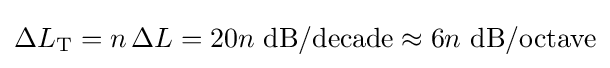
\Delta L_{\text{T}}=n\,\Delta L=20n{\text{ dB/decade}}\approx 6n{\text{ dB/octave}}